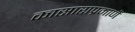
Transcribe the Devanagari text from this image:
कासाराप्रमाणें